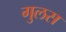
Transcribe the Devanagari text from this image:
गुलस